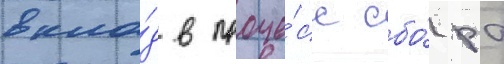
вкла́д в проце́сс сбо́ра